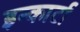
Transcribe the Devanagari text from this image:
इन्कार्टा